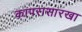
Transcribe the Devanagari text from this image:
कापरासारखा